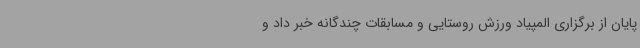
پایان از برگزاری المپیاد ورزش روستایی و مسابقات چندگانه خبر داد و